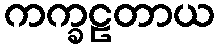
ကက္ခဠတာယ